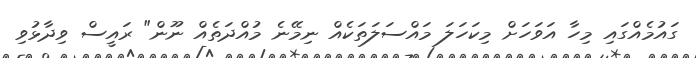
ގައުމެއްގައި މިހާ އަވަހަށް މިކަހަލަ މައްސަލަތަކެއް ނިމޭނެ މުއްދަތެއް ނޫން" ރައީސް ވިދާޅުވި